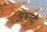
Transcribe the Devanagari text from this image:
अश्वनदी